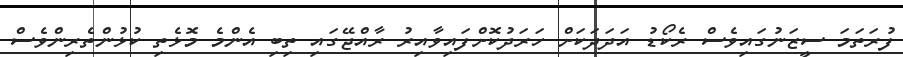
ފުރަތަމަ ސީޒަނުގައިވެސް ރެކޯޑު އަދަދަކަށް ހަރަދުކޮށްފައިވާއިރު ރާއްޖޭގައި ތިބި އެންމެ މޮޅެތި ކުޅުންތެރިންވެސް